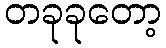
တခုခုတော့